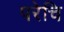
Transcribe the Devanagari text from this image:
परेचि